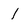
Character: l